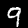
Label: 9